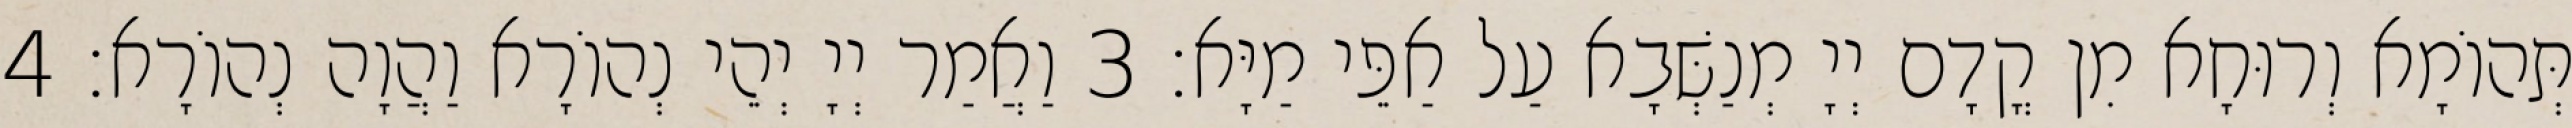
תְּהוֹמָא וְרוּחָא מִן קֳדָם יְיָ מְנַשְּׁבָא עַל אַפֵּי מַיָּא׃ 3 וַאֲמַר יְיָ יְהֵי נְהוֹרָא וַהֲוָה נְהוֹרָא׃ 4